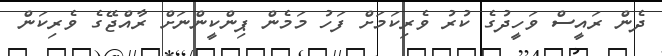
ދެން ރައީސް ވަހީދުގެ ކުރު ވެރިކަމަށް ފަހު މަމެން ޕިންކީންނަށް ރާއްޖޭގެ ވެރިކަން